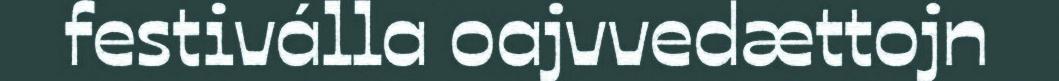
festiválla oajvvedættojn